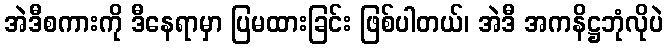
အဲဒီစကားကို ဒီနေရာမှာ ပြမထားခြင်း ဖြစ်ပါတယ်၊ အဲဒီ အကနိဋ္ဌဘုံလိုပဲ